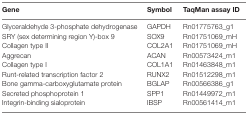
<table><thead><tr><td><b>Gene</b></td><td><b>Symbol</b></td><td><b>TaqMan assay ID</b></td></tr></thead><tbody><tr><td>Glyceraldehyde 3-phosphate dehydrogenase</td><td>GAPDH</td><td>Rn01775763_g1</td></tr><tr><td>SRY (sex determining region Y)-box 9</td><td>SOX9</td><td>Rn01751069_mH</td></tr><tr><td>Collagen type II</td><td>COL2A1</td><td>Rn01751069_mH</td></tr><tr><td>Aggrecan</td><td>ACAN</td><td>Rn00573424_m1</td></tr><tr><td>Collagen type I</td><td>COL1A1</td><td>Rn01463848_m1</td></tr><tr><td>Runt-related transcription factor 2</td><td>RUNX2</td><td>Rn01512298_m1</td></tr><tr><td>Bone gamma-carboxyglutamate protein</td><td>BGLAP</td><td>Rn00566386_g1</td></tr><tr><td>Secreted phosphoprotein 1</td><td>SPP1</td><td>Rn01449972_m1</td></tr><tr><td>Integrin-binding sialoprotein</td><td>IBSP</td><td>Rn00561414_m1</td></tr></tbody></table>